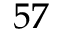
5 7